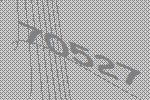
70527